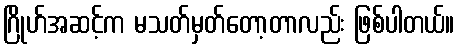
ဂြိုဟ်အဆင့်က မသတ်မှတ်တော့တာလည်း ဖြစ်ပါတယ်။